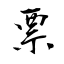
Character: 票